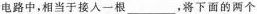
电路中，相当于接人一根___，将下面的两个